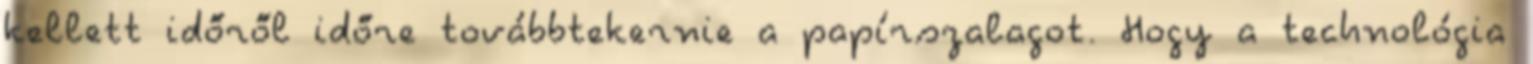
kellett időről időre továbbtekernie a papírszalagot. Hogy a technológia